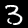
Digit: 3